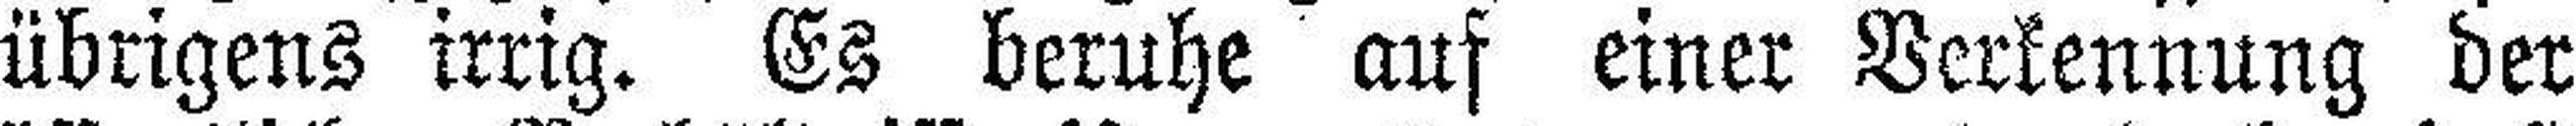
übrigens irrig. Es beruhe auf einer Verkennung der